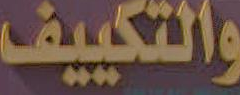
والتكييف